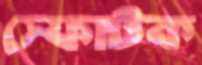
স্ফোটক